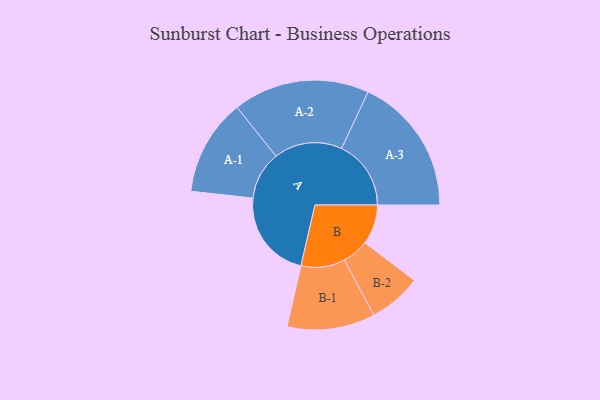
{"axis": {"x": "Segment", "y": "Value"}, "legend": ["", "A", "B"], "data": [{"x": "A", "y": 361, "type": ""}, {"x": "B", "y": 161, "type": ""}, {"x": "A-1", "y": 195, "type": "A"}, {"x": "A-2", "y": 276, "type": "A"}, {"x": "A-3", "y": 281, "type": "A"}, {"x": "B-1", "y": 178, "type": "B"}, {"x": "B-2", "y": 107, "type": "B"}]}